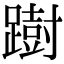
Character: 𨅒